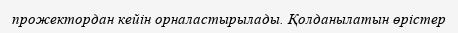
прожектордан кейін орналастырылады. Қолданылатын өрістер